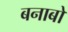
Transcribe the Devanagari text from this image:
बनाबो